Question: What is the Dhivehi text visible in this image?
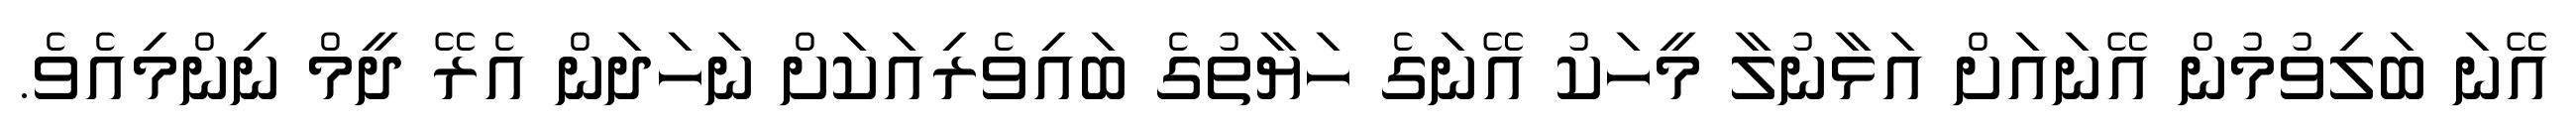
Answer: އޭނަ ބަލިވުމުން އޭނައަށް އަޅާނުލާ މީހަކު އޭނަގެ ހަޔާތުގެ ބައިވެރިއަކަށް ނަހަދަން އެރޭ ދީމް ނިންމިއެވެ.